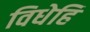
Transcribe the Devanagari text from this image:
विधेहि